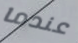
عندما